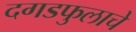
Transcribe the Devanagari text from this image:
दगडफुलाचे